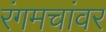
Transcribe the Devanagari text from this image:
रंगमचांवर